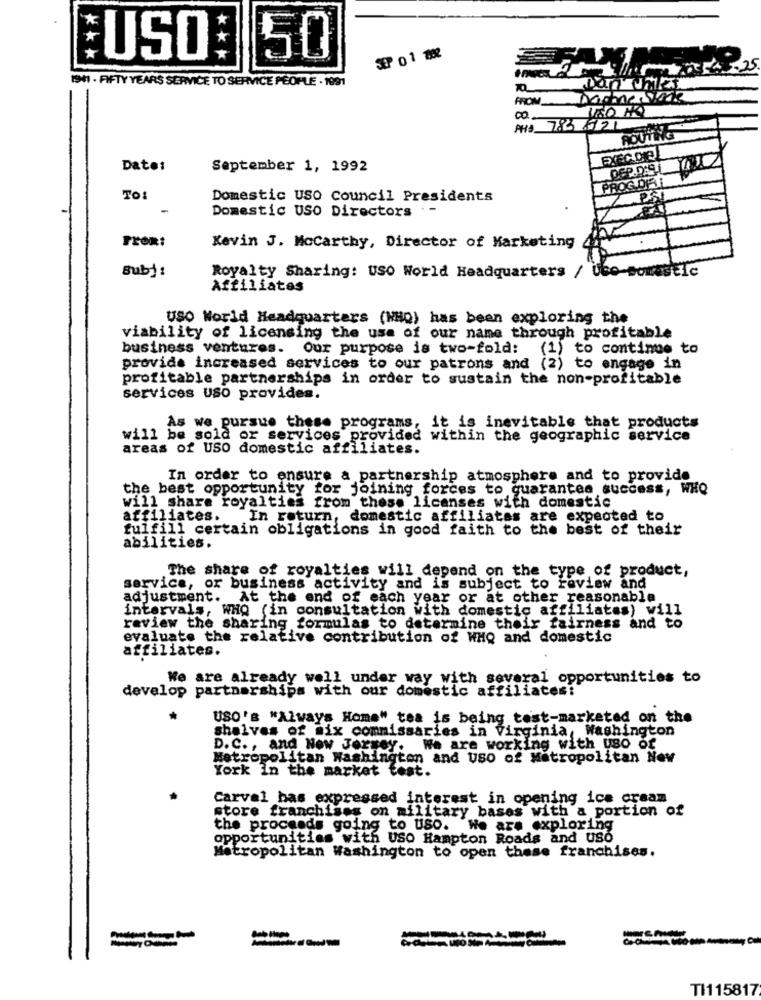
*
*
50
USO
***
1941 - FIFTY YEARS SERVICE TO SERVICE PEOPLE . 1991
FROM
00
PH5 783 621
ROUTING
Date:
September 1, 1992
OFP.D.S.L
PROG.DRA
TO:
Domestic USO Council Presidents
Domestic USO Directors -
Kevin J. Mccarthy, Director of Marketing
Bub) :
Royalty Sharing: USO World Headquarters / Ubo-somestic
Affiliates
USO World Headquarters (WHO) has been exploring the
viability of licensing the use of our name through profitable
business ventures.
Our purpose is two-fold:
(1) to continue to
provide increased services to our patrons and (2) to engage in
profitable partnerships in order to sustain the non-profitable
services uso provides.
As we pursue these programs, it is inevitable that products
will be sold or services provided within the geographic service
areas of USO domestic affiliates.
In order to ensure a partnership atmosphere and to provide
the best opportunity for joining forces to guarantee success, WHO
will share royalties from these licenses with domestic
affiliates.
In return, domestic affiliates are expected to
fulfill certain obligations in good faith to the best of their
abilities.
The share of royalties will depend on the type of product,
service, or business activity and is subject to review and
adjustment. At the end of each year or at other reasonable
intervals, WHO (in consultation with domestic affiliates) will
review the sharing formulas to determine their fairness and to
evaluate the relative contribution of WHQ and domestic
affiliates.
We are already well under way with several opportunities to
develop partnerships with our domestic affiliates:
USO's "Always Home" tea is being test-marketed on the
shelves of mix commissaries in Virginia, Washington
D.C ., and New Jersey.
We are working with USO of
Metropolitan Washington and USO of Metropolitan Now
York In the market fest.
Carval bas expressed interest in opening ice cream
store franchises on military bases with a portion of
the proceeds going to USO. We are exploring
opportunities with USO Hampton Roads and USO
Metropolitan Washington to open these franchises.
----
---
TI115817